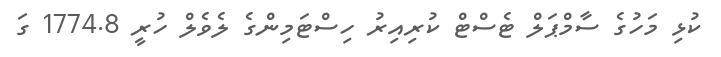
ކުޅި މަހުގެ ސާމްޕަލް ޓެސްޓް ކުރިއިރު ހިސްޓަމިންގެ ލެވެލް ހުރީ 1774.8 ގަ